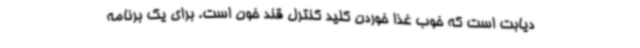
دیابت است که خوب غذا خوردن کلید کنترل قند خون است. برای یک برنامه